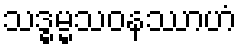
သဒ္ဓမ္မသဝနဿာဟံ